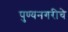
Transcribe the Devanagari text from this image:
पुण्यनगरीचे